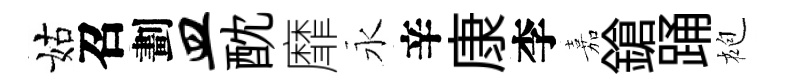
姑召劃皿酖靡永辛康李嘉鎗踊袍